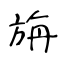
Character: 旃